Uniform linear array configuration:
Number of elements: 12
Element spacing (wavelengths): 0.25
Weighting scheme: uniform
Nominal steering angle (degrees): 0
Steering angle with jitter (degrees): -1.949
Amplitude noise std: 0.05
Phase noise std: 0.05

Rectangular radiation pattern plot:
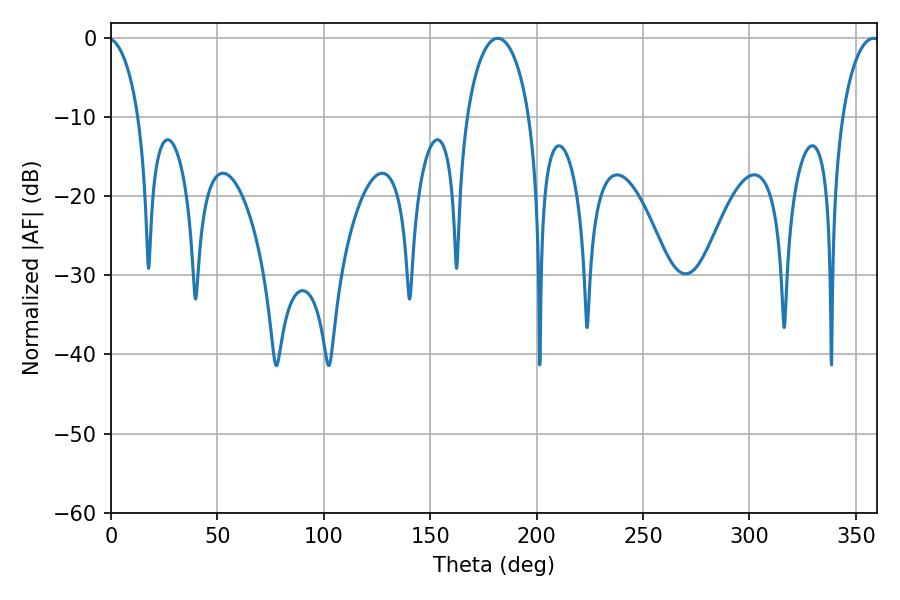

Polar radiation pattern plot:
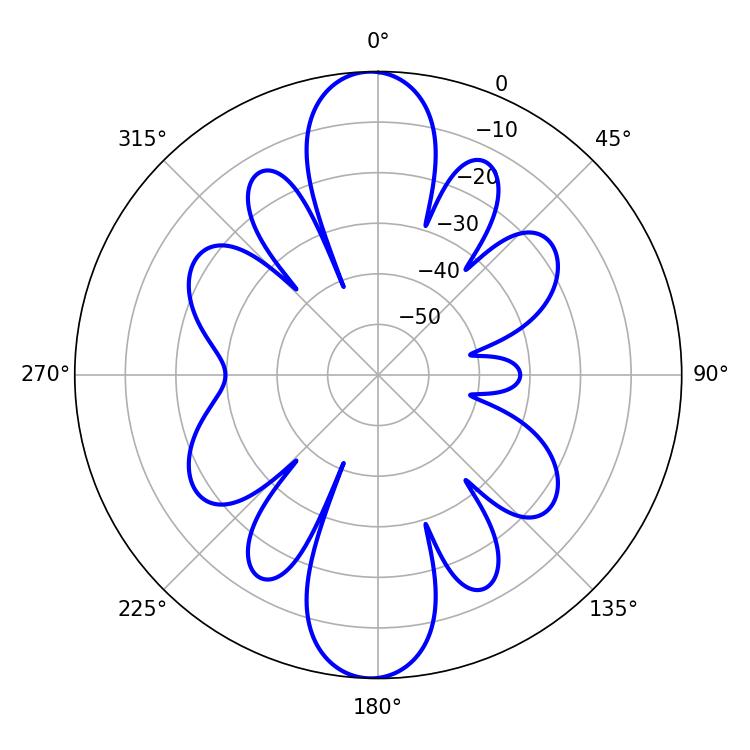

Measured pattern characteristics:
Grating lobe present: FALSE
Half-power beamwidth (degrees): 16.92
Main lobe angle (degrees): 181.8